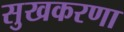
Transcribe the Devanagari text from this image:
सुखकरणा